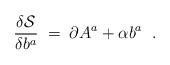
LaTeX: \begin{align*}\frac{\delta \mathcal{S}}{\delta b^a}\;=\;\partial A^a+\alpha b^a\;\;.\end{align*}